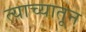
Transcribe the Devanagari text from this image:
त्याच्यातून